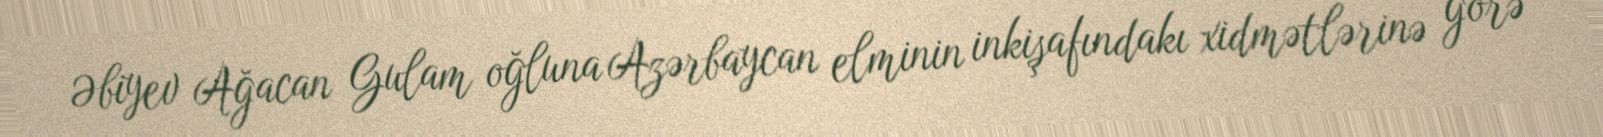
Əbiyev Ağacan Gulam oğluna Azərbaycan elminin inkişafındakı xidmətlərinə görə